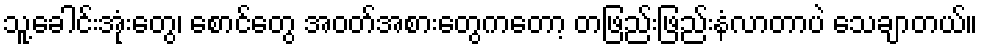
သူ့ခေါင်းအုံးတွေ၊ စောင်တွေ အဝတ်အစားတွေကတော့ တဖြည်းဖြည်းနံလာတာပဲ သေချာတယ်။